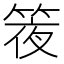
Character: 𥯊